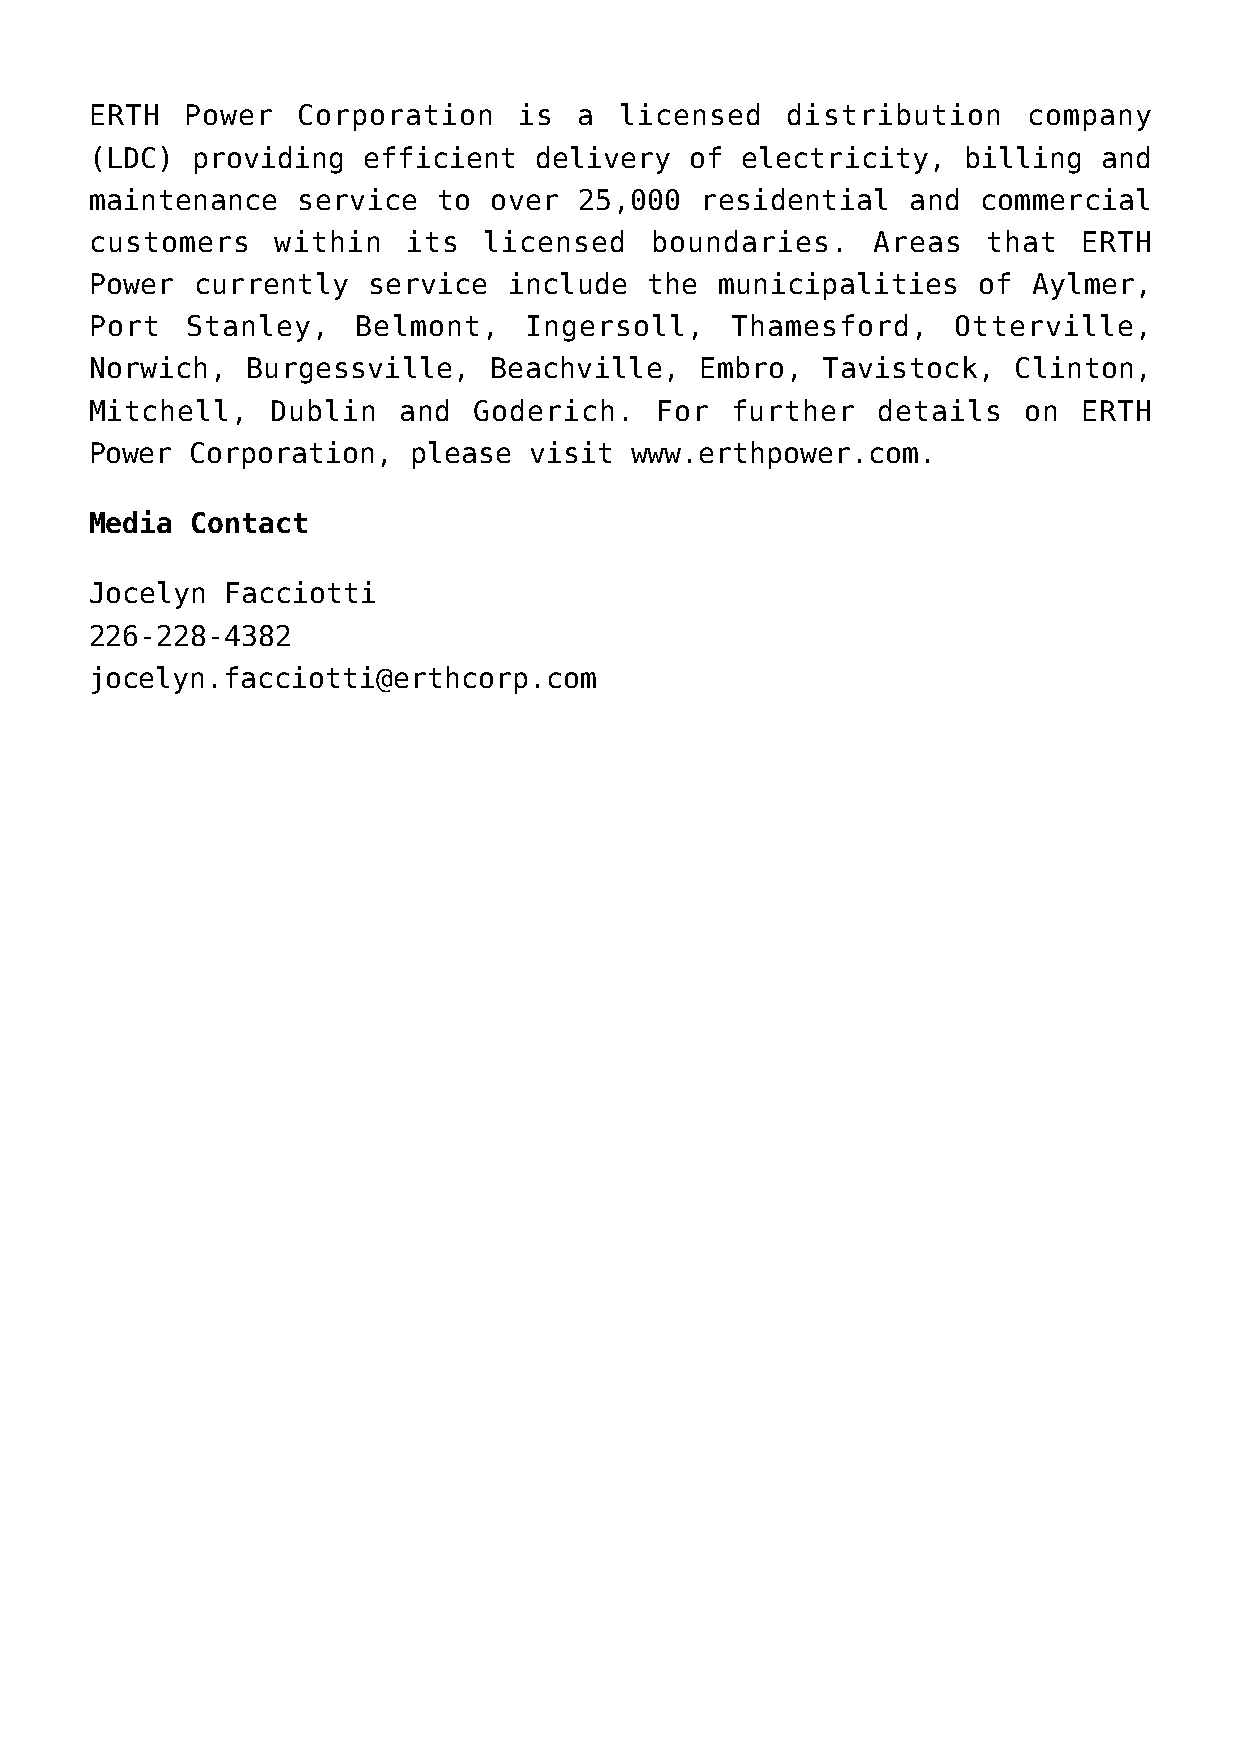
ERTH  Power   Corporation   is  a  licensed   distribution    company
 (LDC)  providing  efficient  delivery   of electricity,   billing  and
 maintenance   service  to over  25,000  residential   and  commercial
 customers   within   its  licensed   boundaries.    Areas  that   ERTH
 Power  currently  service   include  the municipalities    of Aylmer,
 Port  Stanley,    Belmont,   Ingersoll,   Thamesford,    Otterville,
 Norwich,  Burgessville,   Beachville,   Embro,  Tavistock,   Clinton,
 Mitchell,   Dublin  and  Goderich.   For  further   details   on  ERTH
 Power  Corporation,  please  visit  www.erthpower.com.
 Media  Contact
 Jocelyn  Facciotti
 226-228-4382
 jocelyn.facciotti@erthcorp.com